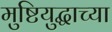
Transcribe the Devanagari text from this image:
मुष्टियुद्धाच्या